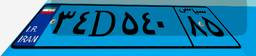
۳۴D۵۴۰۸۵